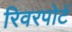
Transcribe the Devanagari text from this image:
रिवरपोर्ट